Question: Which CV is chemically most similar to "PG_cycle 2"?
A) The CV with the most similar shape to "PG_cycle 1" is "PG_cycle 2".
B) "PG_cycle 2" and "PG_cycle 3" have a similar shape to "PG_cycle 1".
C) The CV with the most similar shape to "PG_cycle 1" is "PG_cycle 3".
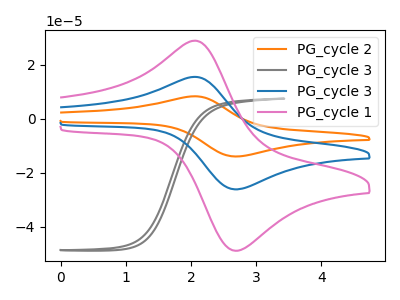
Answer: <think>The orange curve "PG_cycle 2" has an anodic peak at (2.05V, 30.85uA) and a cathodic peak at (2.75V, -52.25uA). The gray curve "PG_cycle 3" has no peaks. The blue curve "PG_cycle 3" has an anodic peak at (2.05V, 15.45uA) and a cathodic peak at (2.75V, -26.15uA). The pink curve "PG_cycle 1" has an anodic peak at (2.05V, 28.80uA) and a cathodic peak at (2.75V, -48.80uA).
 "PG_cycle 2" and "PG_cycle 3" have a different number of peaks. All the peaks in "PG_cycle 2" have a peak in "PG_cycle 3" at the same potential. Every peak in "PG_cycle 2" is higher than every peak in "PG_cycle 3". All the peaks in "PG_cycle 2" have a peak in "PG_cycle 1" at the same potential. Every peak in "PG_cycle 2" is higher than every peak in "PG_cycle 1". "PG_cycle 3" and "PG_cycle 3" have a different number of peaks. "PG_cycle 3" and "PG_cycle 1" have a different number of peaks. All the peaks in "PG_cycle 3" have a peak in "PG_cycle 1" at the same potential. Every peak in "PG_cycle 3" is lower than every peak in "PG_cycle 1".</think>
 <answer>B) "PG_cycle 2" and "PG_cycle 3" have a similar shape to "PG_cycle 1".</answer>
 <eval>B</eval>